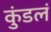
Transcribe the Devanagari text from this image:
कुंडलं